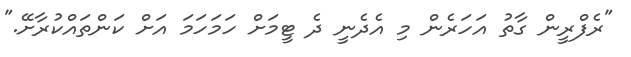
"ރެފްރީން ގާތު އަހަރެން މި އެދެނީ ދެ ޓީމަށް ހަމަހަމަ އަށް ކަންތައްކުރާށޭ."